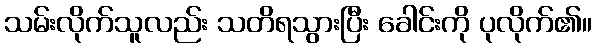
သမ်းလိုက်သူလည်း သတိရသွားပြီး ခေါင်းကို ပုလိုက်၏။